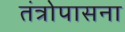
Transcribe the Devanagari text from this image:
तंत्रोपासना